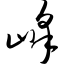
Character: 峰